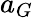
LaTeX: a_{G}